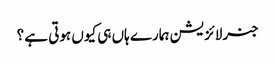
جنرلائزیشن ہمارے ہاں ہی کیوں ہوتی ہے ؟